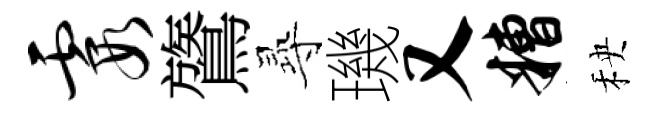
霞鷟𡬶璣又糟秧